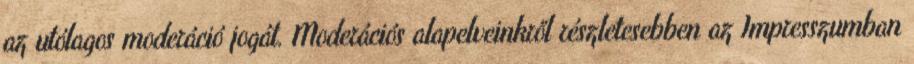
az utólagos moderáció jogát. Moderációs alapelveinkről részletesebben az Impresszumban